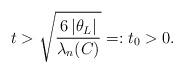
LaTeX: \begin{align*}t>\sqrt{\dfrac{6\,|\theta_L|}{\lambda_n(C)}}=:t_0>0.\end{align*}